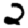
Digit: 2